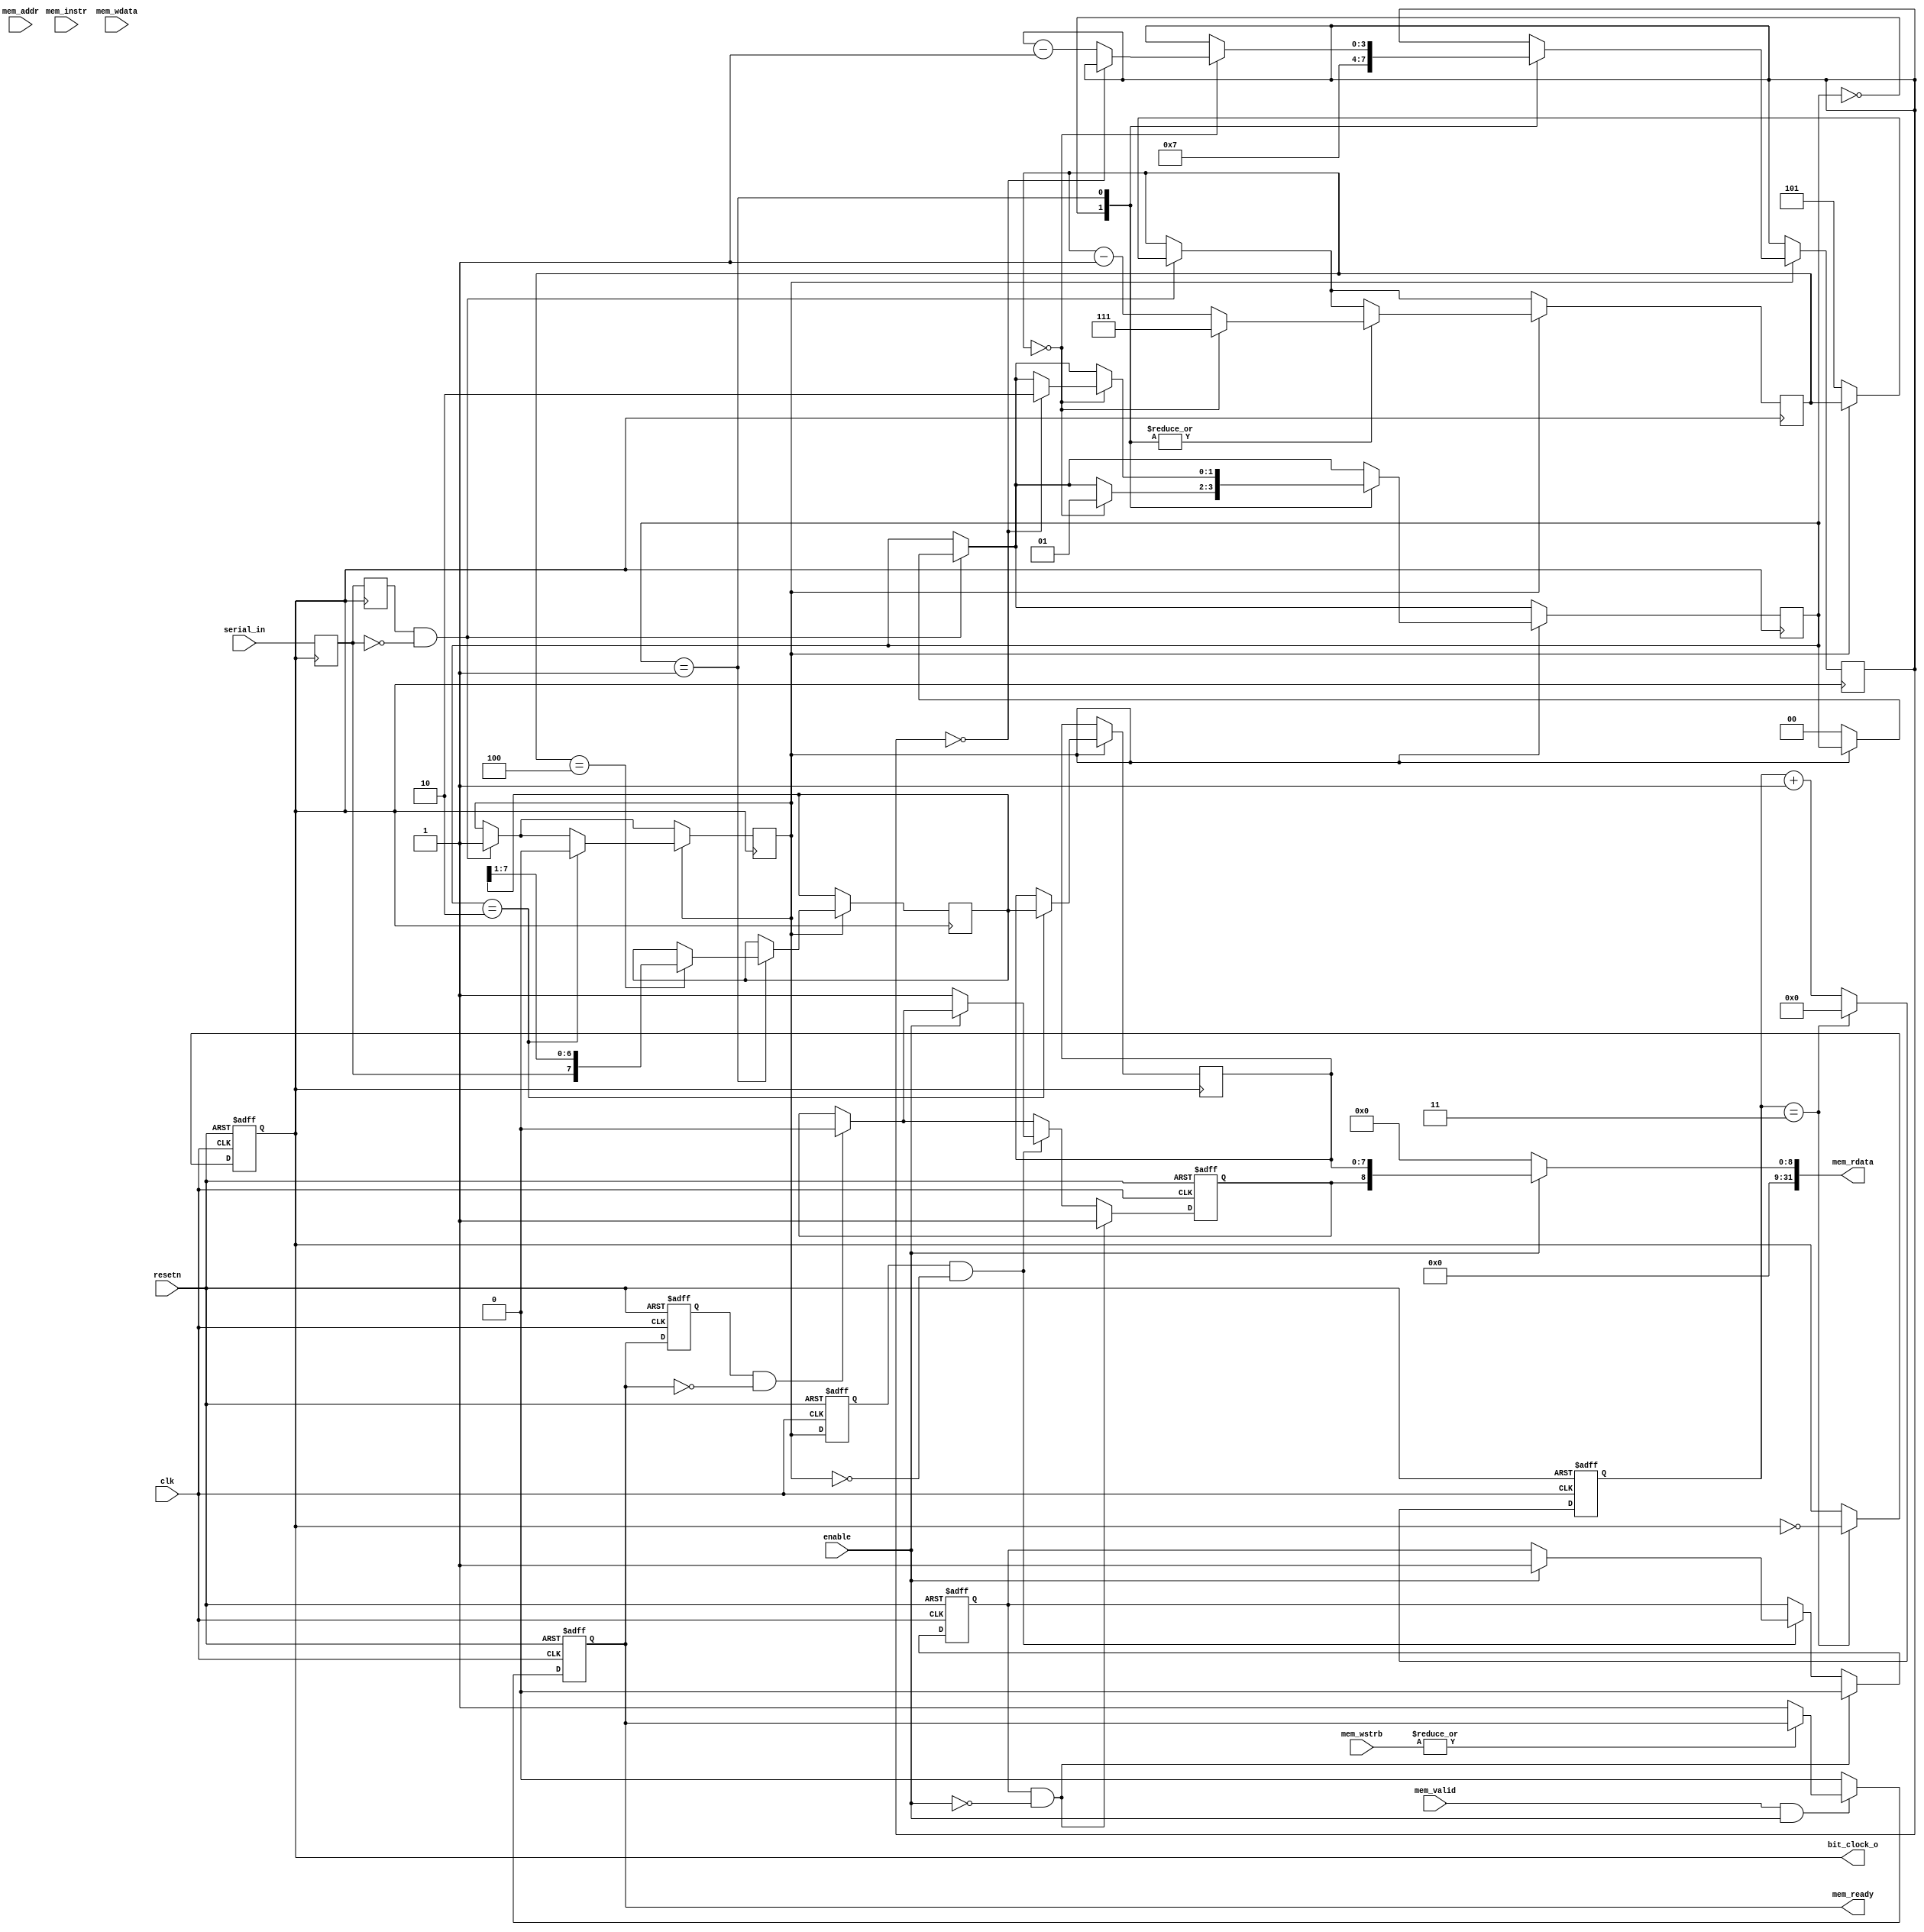
/**
 * Uart receiver
 *
 *
 * Memory Map
 *
 * XXXX_XX40 : Uart Transmitter
 * XXXX_XX48 : Uart receiver
 *
 * XXXX_XX48 : recieved byte
 *
 * Write
 *   31                                                          16
 * +---+---+---+---+---+---+---+---+---+---+---+---+---+---+---+---+
 * |   |   |   |   |   |   |   |   |   |   |   |   |   |   |   |   |
 * +---+---+---+---+---+---+---+---+---+---+---+---+---+---+---+---+
 *
 *
 *   15                                                           0
 * +---+---+---+---+---+---+---+---+---+---+---+---+---+---+---+---+
 * |   |   |   |   |   |   |   |   |   |   |   |   |   |   |   |   |
 * +---+---+---+---+---+---+---+---+---+---+---+---+---+---+---+---+
 *
 *
 * Read
 *   31                                                          16
 * +---+---+---+---+---+---+---+---+---+---+---+---+---+---+---+---+
 * |   |   |   |   |   |   |   |   |   |   |   |   |   |   |   |   |
 * +---+---+---+---+---+---+---+---+---+---+---+---+---+---+---+---+
 *
 *
 *   15                           8   7                           0
 * +---+---+---+---+---+---+---+---+---+---+---+---+---+---+---+---+
 * |   |   |   |   |   |   |   | E | 7 | 6 | 5 | 4 | 3 | 2 | 1 | 0 |
 * +---+---+---+---+---+---+---+---+---+---+---+---+---+---+---+---+
 *
 */


//`include "timescale.vh"

module uart_rx  #(
    parameter [31:0] BAUD_DIVIDER = 3 //108    // 50MHz / 57600 baud
) (
    // Bus interface
    input  wire        clk,
    input  wire        resetn,
    input  wire        enable,
    input  wire        mem_valid,
    output wire        mem_ready,
    input  wire        mem_instr,
    input  wire [3:0]  mem_wstrb,
    input  wire [31:0] mem_wdata,
    input  wire [31:0] mem_addr,
    output wire [31:0] mem_rdata,

    output wire         bit_clock_o,
    
    // Serial interface
    input wire          serial_in     // The serial input.
);

    // Internal Variables
    reg [7:0]   shifter;
    reg [7:0]   buffer;
    reg [1:0]   state;
    reg [3:0]   bitCount;
    reg [2:0]   clkCount;
    reg [15:0]  bitTimer;
    reg         bufferFull;          // TRUE when ready to accept next character.
    reg         rdy, old_rdy;
    reg         old_serial_in;
    reg         old2_serial_in;
    reg         started, old_started;
    reg         bit_clock;
    reg         bufferFull_pending;
    
    assign bit_clock_o = bit_clock;
    
    // UART RX Logic
    always @ (posedge clk or negedge resetn) begin
        if (!resetn) begin
            bufferFull  <= 1'b0; // empty
            bitTimer    <= 1'b0;
            rdy         <= 1'b0;
            old_rdy     <= 1'b0;
            bit_clock   <= 1'b0;
            old_started <= 1'b0;
            bufferFull_pending <= 1'b0;
        end else begin
            if (mem_valid & enable) 
                begin
                    if (|mem_wstrb == 1'b0)
                        rdy <= 1;
                end 
            else 
                begin
                    rdy <= 0;
                end
            old_rdy <= rdy;
            if  ((old_rdy == 1'b1) && (rdy == 1'b0)) 
                begin
                    bufferFull <= 1'b0;// ensures that at least one access sees that the buffer is full
                end
            // Generate bit clock timer for 115200 baud from 50MHz clock
            if (bitTimer == BAUD_DIVIDER)
                begin
                    bitTimer <= 'h0;
                    bit_clock <= ~bit_clock;
                end
            else
                bitTimer <= bitTimer + 1;
            old_started <= started;
            
            if ((old_started == 1'd1) && (started == 1'b0))
                begin
                    if (enable)
                        bufferFull_pending <= 1'b1; // delay seeting this bit, avoids the cpu getting unsettled data
                    else
                        bufferFull <= 1'b1; // received
                end
            if (bufferFull_pending && (~enable )) // delay setting bufferFull till current access is over
                begin
                    bufferFull_pending <= 1'b0;
                    bufferFull <= 1'b1;
                end
        end
    end
    
    
    always @(posedge bit_clock)
        begin
            old_serial_in <= serial_in;
            old2_serial_in <= old_serial_in;
            if ((old2_serial_in == 1'b1) && (old_serial_in == 1'b0)) // start condition
                begin
                    if (started == 0)
                        begin
                            state <= 2'h0;
                            started <= 1'b1;
                            clkCount <= 3'h5; // 2 cycles already elapsed
                        end
                end

            if (started)
                begin
                    case (state)
                        // Idle
                        2'd0: begin
                                bitCount <= 7;
                                if (clkCount == 3'h0)
                                    begin
                                        state <= 2'd1;
                                        clkCount <= 3'h7;
                                    end
                                else
                                    clkCount <= clkCount - 3'd1;
                            end
                        2'd1: begin
                                if (clkCount == 3'd4)
                                    shifter <= { old_serial_in, shifter[7:1] }; // shift in
                                if (clkCount == 3'd0)
                                    begin
                                        clkCount <= 3'h7;
                                        if (bitCount == 4'd0) 
                                            begin
                                                state <= 2'd2;
                                            end
                                        else
                                            begin
                                                bitCount <= bitCount - 4'd1;
                                            end
                                    end
                                else
                                    clkCount <= clkCount - 3'd1;
                            end
                        2'd2 : begin // stop bit
                                buffer <= shifter;
                                started <= 1'b0;
                            end
                        default : ;
                    endcase
                end
        end


    // Tri-state the bus outputs.
    assign mem_rdata = enable ? { bufferFull, buffer } : 'b0;
    assign mem_ready = rdy;
initial
    started = 0;
endmodule